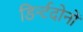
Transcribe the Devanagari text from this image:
डिर्न्टदोनों